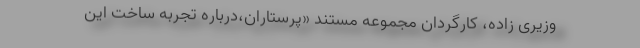
وزیری زاده، کارگردان مجموعه مستند «پرستاران،درباره تجربه ساخت این